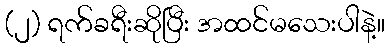
(၂) ရက်ခရီးဆိုပြီး အထင်မသေးပါနဲ့။